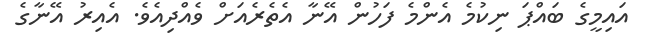
އައިމީގެ ބައްޕަ ނިކުމެ އެންމެ ފަހުން އޭނާ އެތެރެއަށް ވެއްދިއެވެ. އެއިރު އޭނާގެ